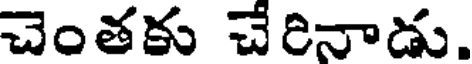
చెంతకు చేరినాడు.